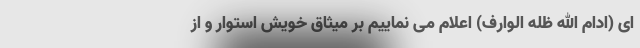
ای (ادام الله ظله الوارف) اعلام می نماییم بر میثاق خویش استوار و از